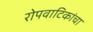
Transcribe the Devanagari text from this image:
रोपवाटिकांचा